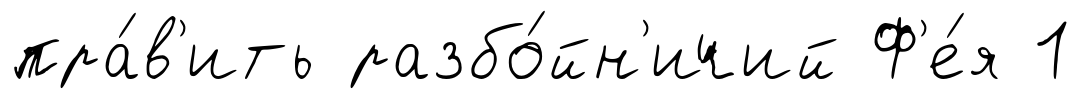
пра́в'ить разбо́йн'ичий Ф'е́я 1